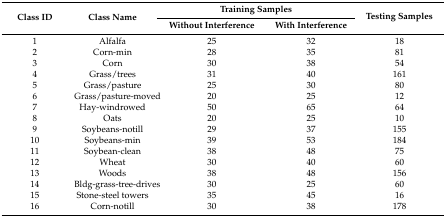
| <ROWSPAN=2> Class ID | <ROWSPAN=2> Class Name | <COLSPAN=2> Training Samples | <ROWSPAN=2> Testing Samples |
 | Without Interference | With Interference |
 | --- | --- | --- | --- | --- |
 | 1 | Alfalfa | 25 | 32 | 18 |
 | 2 | Corn-min | 28 | 35 | 81 |
 | 3 | Corn | 30 | 38 | 54 |
 | 4 | Grass/trees | 31 | 40 | 161 |
 | 5 | Grass/pasture | 25 | 30 | 80 |
 | 6 | Grass/pasture-moved | 20 | 25 | 12 |
 | 7 | Hay-windrowed | 50 | 65 | 64 |
 | 8 | Oats | 20 | 25 | 10 |
 | 9 | Soybeans-notill | 29 | 37 | 155 |
 | 10 | Soybeans-min | 39 | 53 | 184 |
 | 11 | Soybean-clean | 38 | 48 | 75 |
 | 12 | Wheat | 30 | 40 | 60 |
 | 13 | Woods | 38 | 48 | 156 |
 | 14 | Bldg-grass-tree-drives | 30 | 25 | 60 |
 | 15 | Stone-steel towers | 35 | 45 | 16 |
 | 16 | Corn-notill | 30 | 38 | 178 |